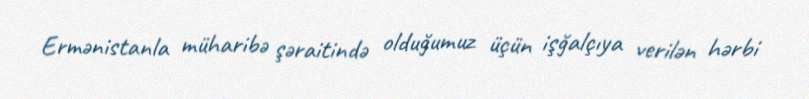
Ermənistanla müharibə şəraitində olduğumuz üçün işğalçıya verilən hərbi